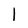
Character: l